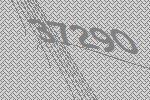
37290